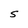
Character: S